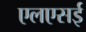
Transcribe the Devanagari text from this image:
एलएसई